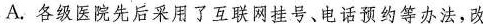
A.各级医院先后采用了互联网挂号、电话预约等办法，改